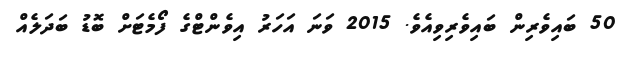
50 ބައިވެރިން ބައިވެރިވިއެވެ. 2015 ވަނަ އަހަރު އިވެންޓްގެ ފޯމެޓަށް ބޮޑު ބަދަލެއް